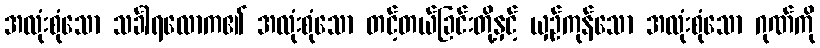
အလုံးစုံသော သင်္ခါရလောက၏ အလုံးစုံသော တင့်တယ်ခြင်းတို့နှင့် ယှဉ်ကုန်သော အလုံးစုံသော ဂုဏ်ကို